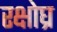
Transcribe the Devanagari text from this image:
रक्षोघ्र